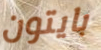
بايتون